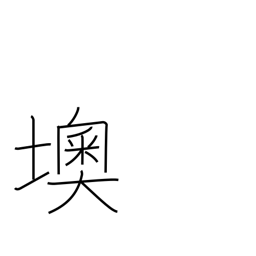
Meaning: Austria